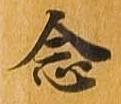
念